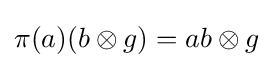
\pi (a)(b\otimes g)=ab\otimes g